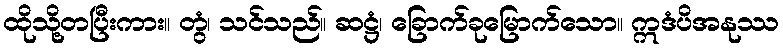
ထိုသို့တပြီးကား။ တွံ၊ သင်သည်။ ဆဋ္ဌံ၊ ခြောက်ခုမြောက်သော။ ဣဒံပိအနုဿ